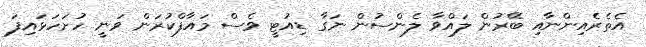
އެތެރެއިންނާއި ބޭރުން ލައްވާ ލެންސުން ނަގާ ޑިއުޓީ ވެސް މައާފްކުރަން ވަނީ ހުށަހަޅައިފަ